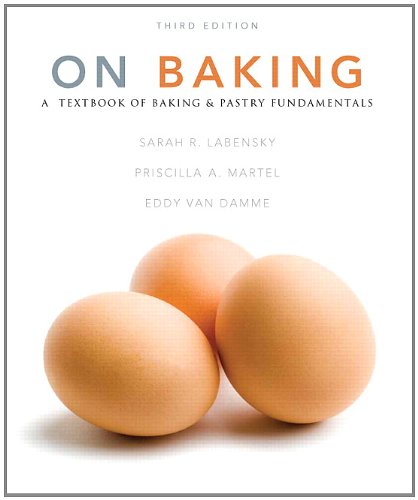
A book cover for On Baking (3rd Edition); Sarah R. Labensky; Cookbooks, Food & Wine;